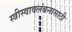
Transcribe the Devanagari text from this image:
स्त्रीस्वावलंबनासाठी